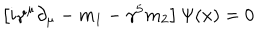
\left[ i \gamma ^ { \mu } \partial _ { \mu } - m _ { 1 } - \gamma ^ { 5 } m _ { 2 } \right] \Psi ( x ) = 0 \,